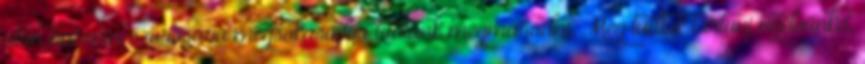
után harmincszorosára megsokasodva tudtunk megmaradni. Meg tudtuk tartani nyelvünket,